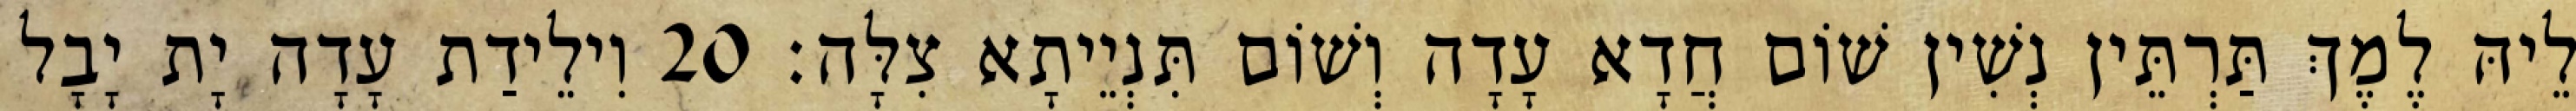
לֵיהּ לֶמֶךְ תַּרְתֵּין נְשִׁין שׁוֹם חֲדָא עָדָה וְשׁוֹם תִּנְיֵיתָא צִלָּה׃ 20 וִילֵידַת עָדָה יָת יָבָל